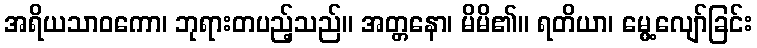
အရိယသာဝကော၊ ဘုရားတပည့်သည်။ အတ္တနော၊ မိမိ၏။ ရတိယာ၊ မွေ့လျော်ခြင်း